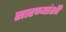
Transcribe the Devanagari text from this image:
सारण्यांशी